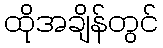
ထိုအချိန်တွင်